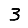
Digit: 3